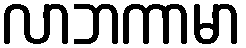
လာဘကာမာ